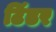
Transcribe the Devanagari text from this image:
टिंडर